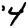
Digit: 4